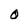
Character: O